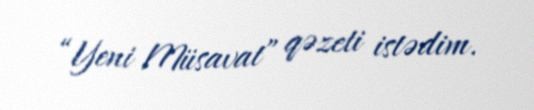
“Yeni Müsavat” qəzeti istədim.